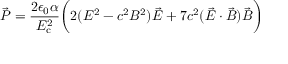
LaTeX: { \vec { P } } = { \frac { 2 \epsilon _ { 0 } \alpha } { E _ { \mathrm { c } } ^ { 2 } } } { \bigg ( } 2 ( E ^ { 2 } - c ^ { 2 } B ^ { 2 } ) { \vec { E } } + 7 c ^ { 2 } ( { \vec { E } } \cdot { \vec { B } } ) { \vec { B } } { \bigg ) }